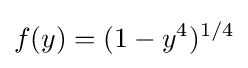
f(y)=(1-y^{4})^{1/4}